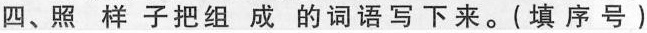
四、照样子把组成的词语写下来。(填序号)